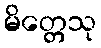
မိတ္တေသု